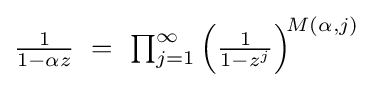
\textstyle {1 \over 1-\alpha z}\ =\ \prod _{j=1}^{\infty }\left({1 \over 1-z^{j}}\right)^{\!M(\alpha ,j)}